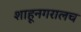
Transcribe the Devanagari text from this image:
शाहूनगरालच